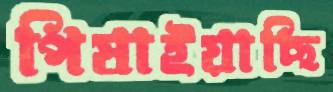
পিষাইয়াছি